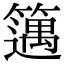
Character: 𥴪